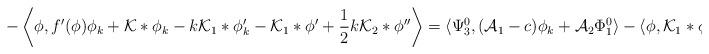
LaTeX: \begin{align*}-\left\langle \phi,f'(\phi)\phi_{k} + \mathcal{K}*\phi_{k} - k\mathcal{K}_{1}*\phi_{k}' - \mathcal{K}_{1}*\phi' + \frac{1}{2}k\mathcal{K}_{2}*\phi'' \right\rangle &= \langle\Psi_{3}^{0},(\mathcal{A}_{1} - c)\phi_{k} + \mathcal{A}_{2}\Phi_{1}^{0} \rangle - \langle\phi,\mathcal{K}_{1}*\phi'\rangle.\end{align*}